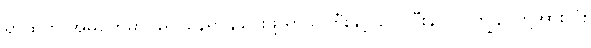
ရွာထဲက အိမ်တွေမှာ ခွဲ၍ နေရာချပေးဖို့ ရွာသူကြီးနှင့် တိုင်ပြီးနာက် ကျွန်ပ်တို့အားလုံး